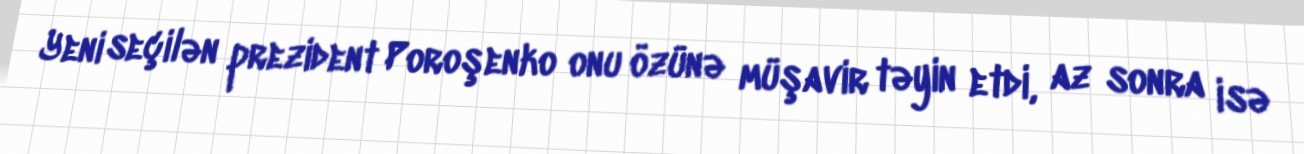
Yeni seçilən prezident Poroşenko onu özünə müşavir təyin etdi, az sonra isə